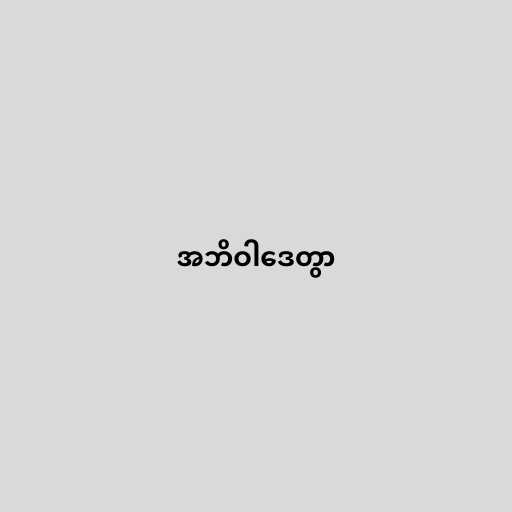
အဘိဝါဒေတွာ